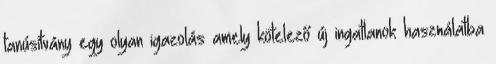
tanúsítvány egy olyan igazolás amely kötelező új ingatlanok használatba